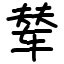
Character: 辇